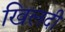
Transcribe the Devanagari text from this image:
खिलदी